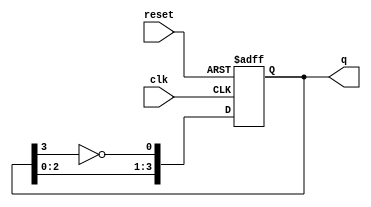
module johnson_counter #(
    parameter N = 4  // Number of flip-flops
)(
    input wire clk,     // Clock signal
    input wire reset,   // Asynchronous reset signal
    output reg [N-1:0] q // Output state of the counter
);

// Always block triggered on the rising edge of the clock or the reset signal
always @(posedge clk or posedge reset) begin
    if (reset) begin
        // Asynchronous reset: set all flip-flops to 0
        q <= 0;
    end else begin
        // Johnson counter logic
        q <= {q[N-2:0], ~q[N-1]}; // Shift left and feed inverted last bit to the first
    end
end

endmodule